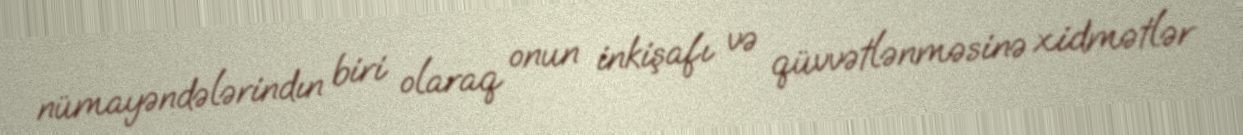
nümayəndələrindın biri olaraq onun inkişafı və qüvvətlənməsinə xidmətlər